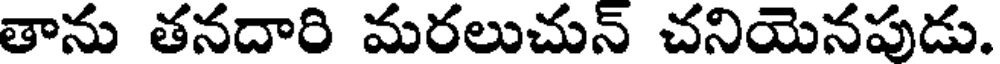
తాను తనదారి మరలుచున్ చనియెనపుడు.